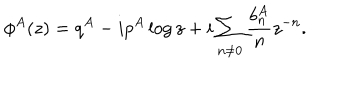
LaTeX: \phi ^ { A } ( z ) = q ^ { A } - i p ^ { A } \log { z } + i \sum _ { n \not = 0 } { { \frac { b _ { n } ^ { A } } { n } } z ^ { - n } } .